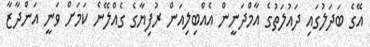
އޭގެ ބަދަލުގައި ދައުލަތުގެ އާމްދަނީން އެއްބިލިއަން ރުފިޔާގެ ގެއްލޭނެ ކަމަށް ވަނީ އަންދާޒާ